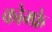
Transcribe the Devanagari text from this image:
कोम्फ्रे